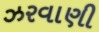
ઝરવાણી